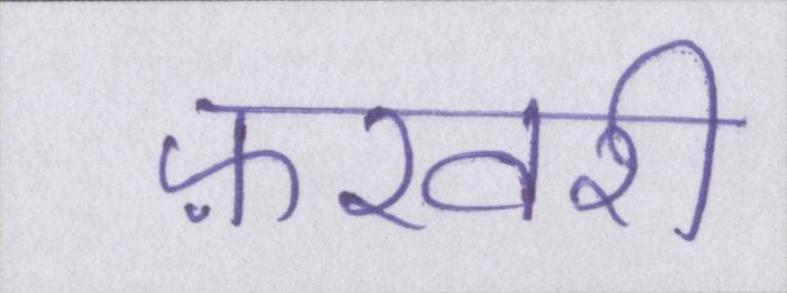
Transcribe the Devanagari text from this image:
फ़रवरी